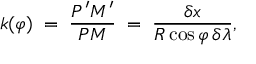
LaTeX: \quad k ( \varphi ) \; = \; { \frac { P ^ { \prime } M ^ { \prime } } { P M } } \; = \; { \frac { \delta x } { R \cos \varphi \, \delta \lambda } } ,